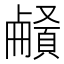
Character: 𩔒